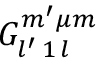
G _ { l ^ { \prime } \, 1 \, l } ^ { m ^ { \prime } \mu m }